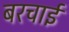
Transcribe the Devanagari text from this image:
बरचाई